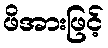
ဖိအားဖြင့်